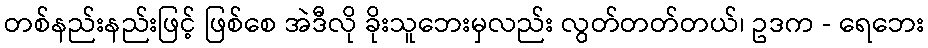
တစ်နည်းနည်းဖြင့် ဖြစ်စေ အဲဒီလို ခိုးသူဘေးမှလည်း လွတ်တတ်တယ်၊ ဥဒက - ရေဘေး